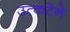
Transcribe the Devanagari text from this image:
उत्कटेने